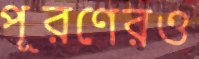
পূরণেরও